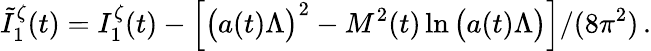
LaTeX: \tilde{I}_{1}^{\zeta}(t)=I_{1}^{\zeta}(t)-\left[\left(a(t)\Lambda\vphantom{^2}\right)^{2}-M^{2}(t)\ln\left(a(t)\Lambda\vphantom{^2}\right)\right]/(8\pi^{2})\, .